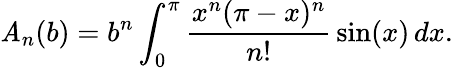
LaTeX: \mathit{A}_{n}(b)=b^{n}\int_{0}^{\pi}{\frac{{x^{n}(\pi-x)^{n}}}{{n!}}}\sin(x)\, dx.